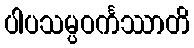
ပါပသမ္ပဝင်္ကဿာတိ